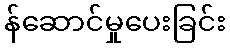
န်ဆောင်မှုပေးခြင်း